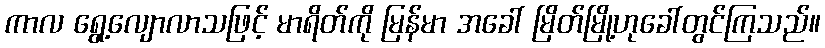
ကာလ ရွေ့လျောလာသဖြင့် မာရိတ်ကို မြန်မာ အခေါ် မြိတ်မြို့ဟုခေါ်တွင်ကြသည်။